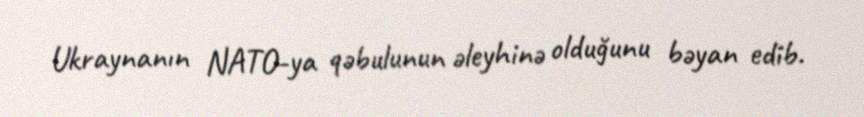
Ukraynanın NATO-ya qəbulunun əleyhinə olduğunu bəyan edib.